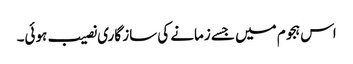
اس ہجوم میں جسے زمانے کی ساز گاری نصیب ہوئی۔